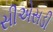
સીએસડી